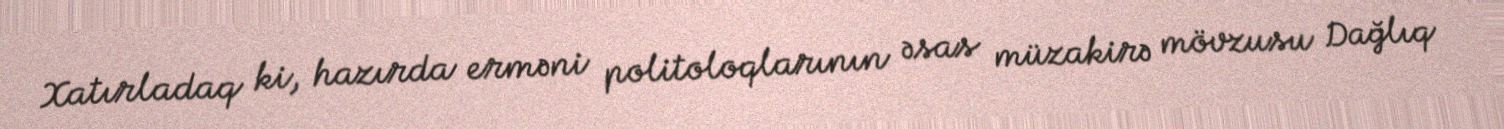
Xatırladaq ki, hazırda erməni politoloqlarının əsas müzakirə mövzusu Dağlıq